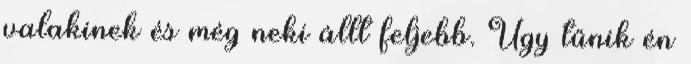
valakinek és még neki állt feljebb. Úgy tűnik én